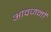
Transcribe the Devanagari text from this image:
आव्रजनों